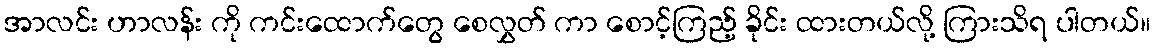
အာလင်း ဟာလန်း ကို ကင်းထောက်တွေ စေလွှတ် ကာ စောင့်ကြည့် ခိုင်း ထားတယ်လို့ ကြားသိရ ပါတယ်။